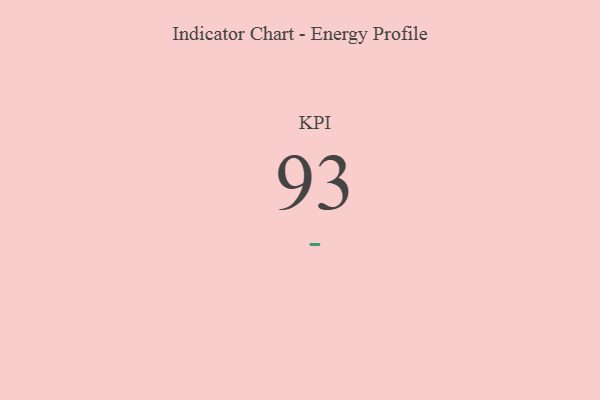
{"axis": {"x": "KPI", "y": "Value"}, "legend": [""], "data": [{"x": "KPI", "y": 93, "type": ""}]}